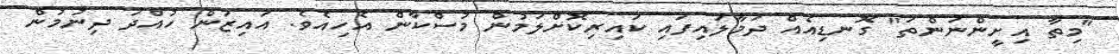
"މިތާ އިށީންނަންތަ" ގޮނޑިއެއް ދަމާލައިފައި ކައިރިކޮށްލަމުން މުސްކާން އެހިއެވެ. އައިޒަން ހުއްދަ ދިނުމުން